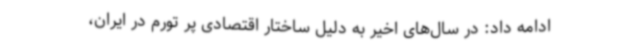
ادامه داد: در سال‌های اخیر به دلیل ساختار اقتصادی پر تورم در ایران،